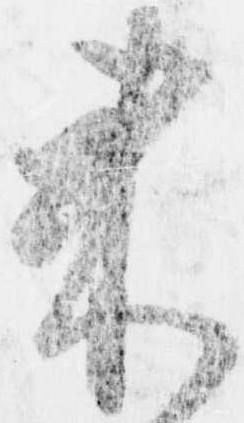
来